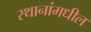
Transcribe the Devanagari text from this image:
स्थानांमधील